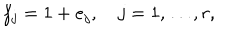
f _ { j } = 1 + e _ { j } , \quad j = 1 , \ldots , r ,